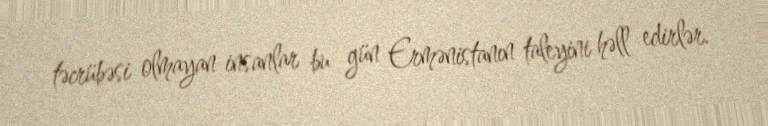
təcrübəsi olmayan insanlar bu gün Ermənistanın taleyini həll edirlər.